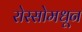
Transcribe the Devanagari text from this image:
रोस्सोमधून